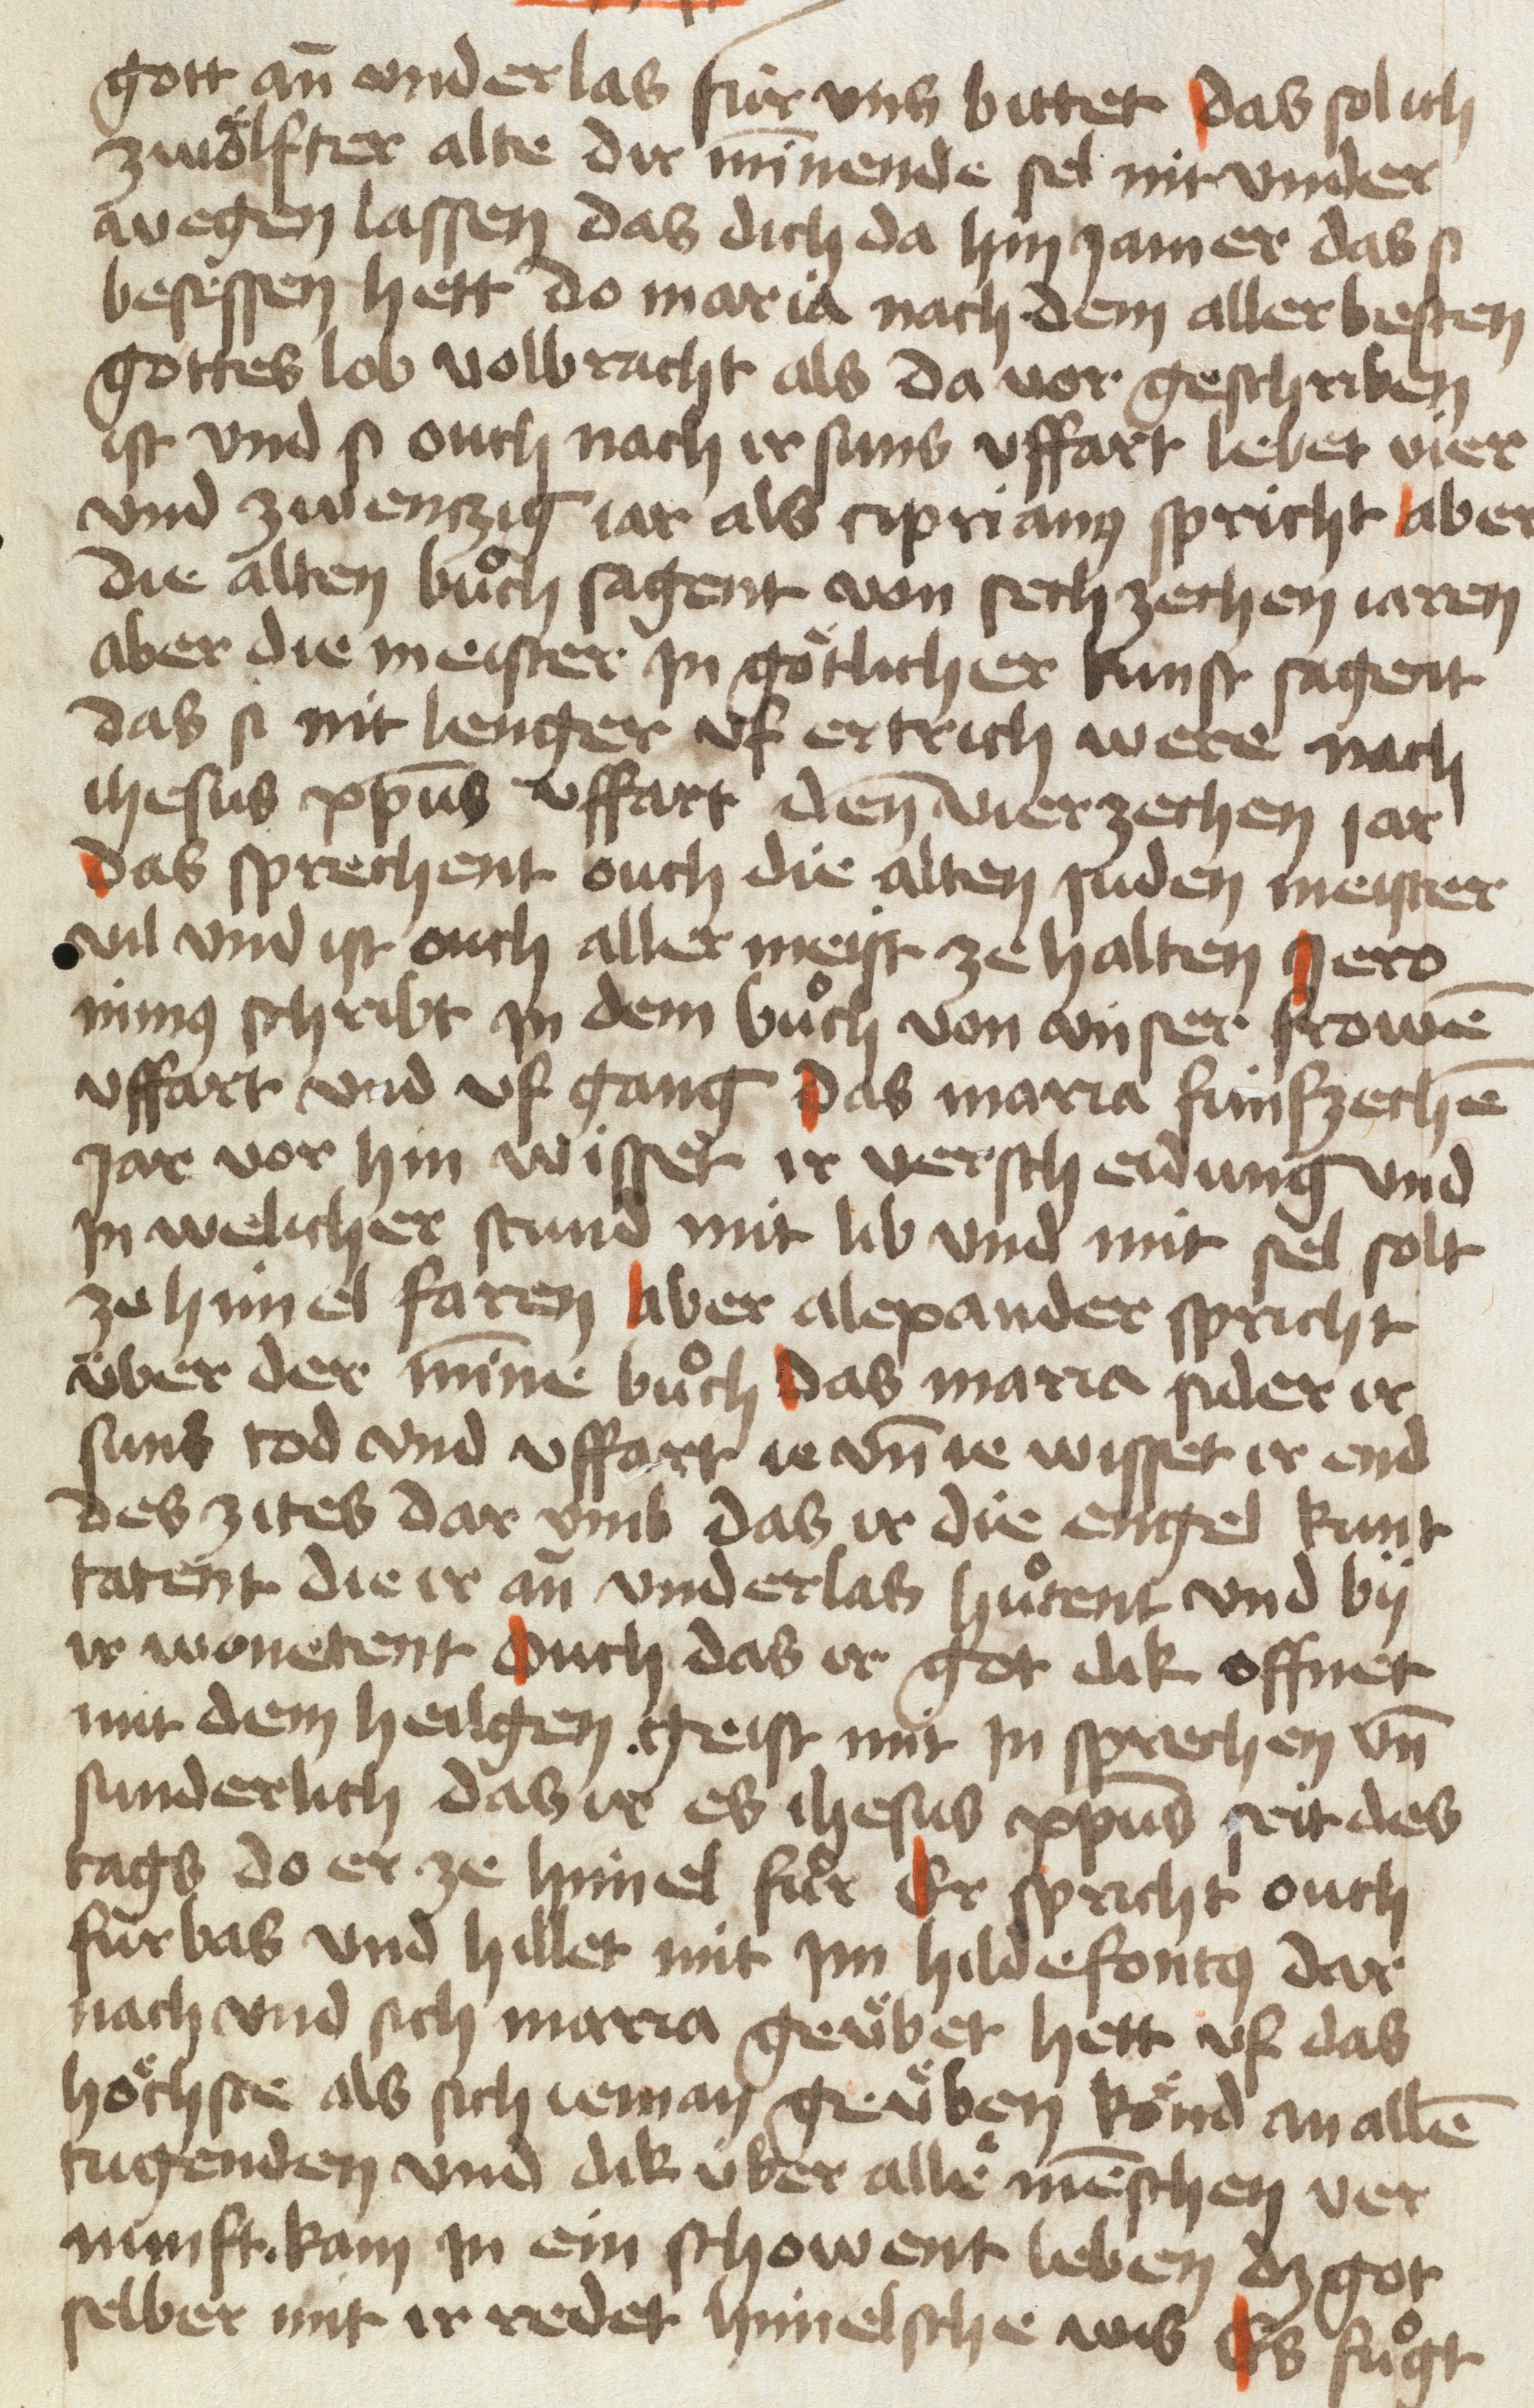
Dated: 1454–1454